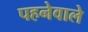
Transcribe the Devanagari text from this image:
पहनेवाले